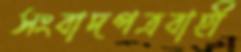
সংবাদপত্রবাহী